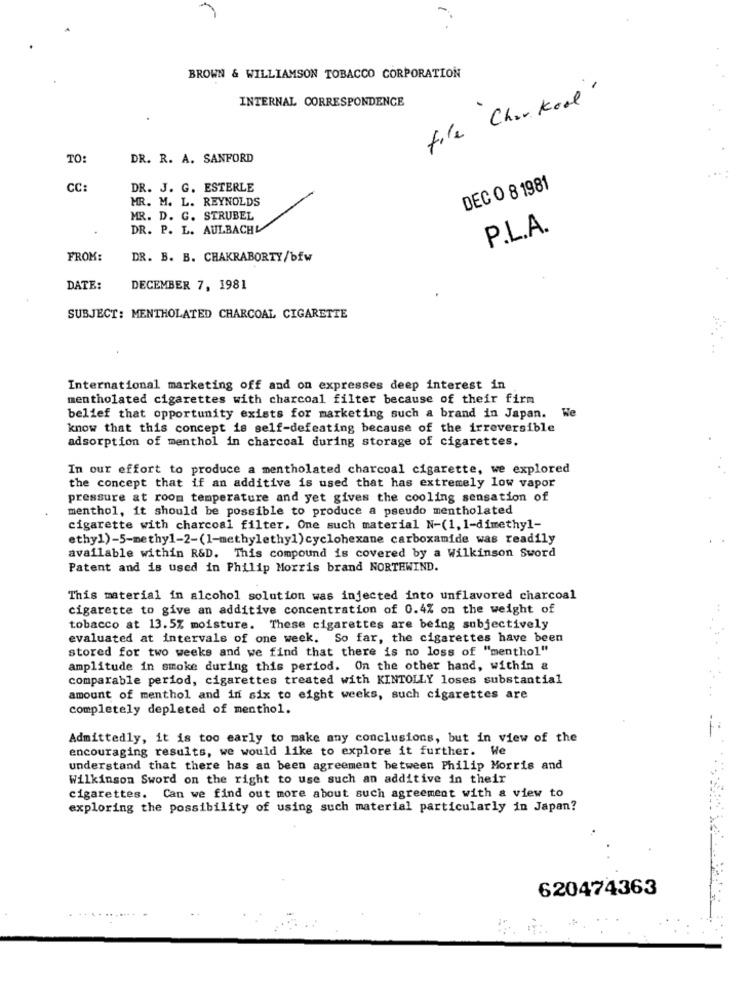
BROWN & WILLIAMSON TOBACCO CORPORATION
file Charkood'
INTERNAL CORRESPONDENCE
TO:
DR. R. A. SANFORD
CC:
DR. J. G. ESTERLE
DEC O 8 1981
MR. M. L. REYNOLDS
MR. D. G. STRUBEL
DR. P. L. AULBACHV
P.L.A.
FROM:
DR. B. B. CHAKRABORTY/bfw
DATE:
DECEMBER 7, 1981
SUBJECT: MENTHOLATED CHARCOAL CIGARETTE
International marketing off and on expresses deep interest in
mentholated cigarettes with charcoal filter because of their firm
belief that opportunity exists for marketing such a brand in Japan. We
know that this concept is self-defeating because of the irreversible
adsorption of menthol in charcoal during storage of cigarettes.
In our effort to produce a mentholated charcoal cigarette, we explored
the concept that if an additive is used that has extremely low vapor
pressure at room temperature and yet gives the cooling sensation of
menthol, it should be possible to produce a pseudo mentholated
cigarette with charcoal filter. One such material N-(1, 1-dimethyl-
ethyl)-5-methy1-2-(1-methylethyl) cyclohexane carboxamide was readily
available within R&D. This compound is covered by a Wilkinson Sword
Patent and is used in Philip Morris brand NORTHWIND.
This material in alcohol solution was injected into unflavored charcoal
cigarette to give an additive concentration of 0.4% on the weight of
tobacco at 13.5% moisture. These cigarettes are being subjectively
evaluated at intervals of one week. So far, the cigarettes have been
stored for two weeks and we find that there is no loss of "menthol"
amplitude in smoke during this period. On the other hand, within &
comparable period, cigarettes treated with KINTOLLY loses substantial
amount of menthol and in six to eight weeks, such cigarettes are
completely depleted of menthol.
Admittedly, it is too early to make any conclusions, but in view of the
encouraging results, we would like to explore it further. We
understand that there has an been agreement between Philip Morris and
Wilkinson Sword on the right to use such an additive in their
cigarettes. Can we find out more about such agreement with a view to
exploring the possibility of using such material particularly in Japan?
620474363